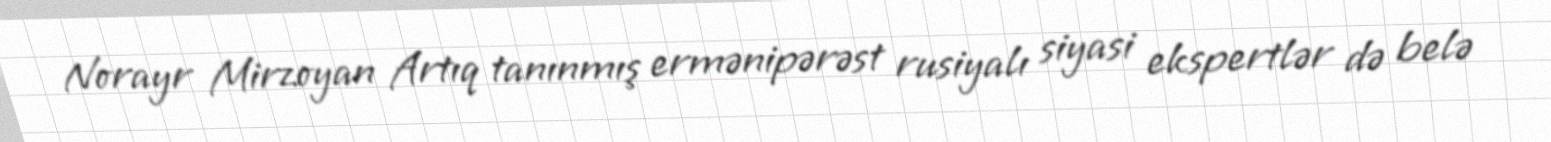
Norayr Mirzoyan Artıq tanınmış ermənipərəst rusiyalı siyasi ekspertlər də belə